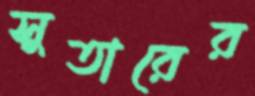
সুতারের